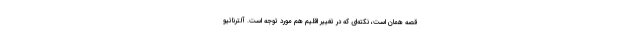
قصه همان است، نکته‌ای که در تغییر اقلیم هم مورد توجه است. آلترناتیو